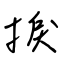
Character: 捩